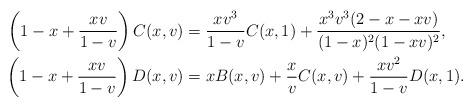
LaTeX: \begin{align*}\left(1-x+\frac{xv}{1-v}\right)C(x,v)&=\frac{xv^3}{1-v}C(x,1)+\frac{x^3v^3(2-x-xv)}{(1-x)^2(1-xv)^2},\\\left(1-x+\frac{xv}{1-v}\right)D(x,v)&=xB(x,v)+\frac{x}{v}C(x,v)+\frac{xv^2}{1-v}D(x,1).\end{align*}